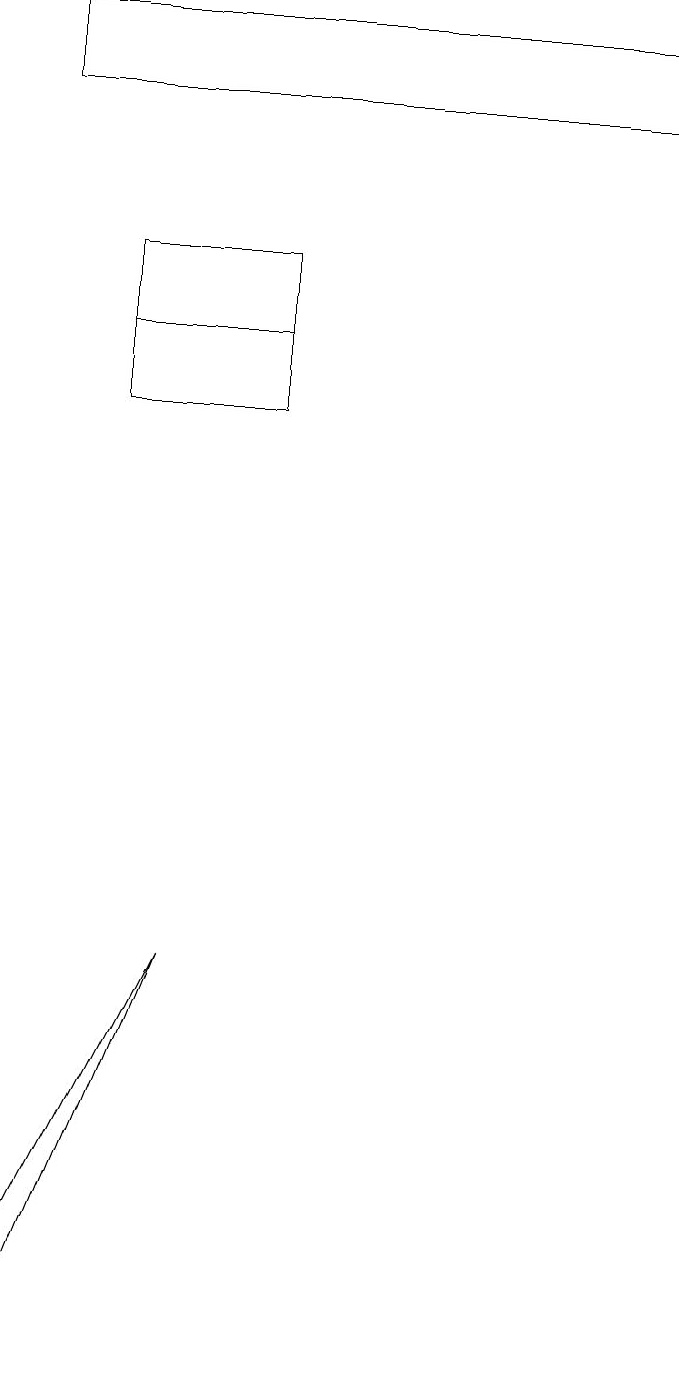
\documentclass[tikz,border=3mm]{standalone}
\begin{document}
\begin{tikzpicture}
\draw (4,14) rectangle (2,16);
\draw (1,3) -- (3,7) -- (1,2) -- cycle;
\draw (2,15) rectangle (4,14);
\draw (1,19) rectangle (9,18);
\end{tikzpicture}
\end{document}